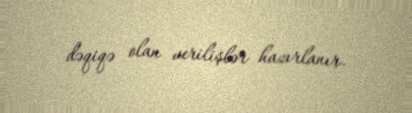
dəqiqə olan verilişlər hazırlanır.